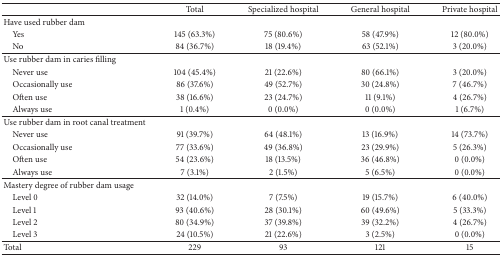
|  | Total | Specialized hospital | General hospital | Private hospital |
 | --- | --- | --- | --- | --- |
 | Have used rubber dam |  |  |  |  |
 | Yes | 145 (63.3%) | 75 (80.6%) | 58 (47.9%) | 12 (80.0%) |
 | No | 84 (36.7%) | 18 (19.4%) | 63 (52.1%) | 3 (20.0%) |
 | Use rubber dam in caries filling |  |  |  |  |
 | Never use | 104 (45.4%) | 21 (22.6%) | 80 (66.1%) | 3 (20.0%) |
 | Occasionally use | 86 (37.6%) | 49 (52.7%) | 30 (24.8%) | 7 (46.7%) |
 | Often use | 38 (16.6%) | 23 (24.7%) | 11 (9.1%) | 4 (26.7%) |
 | Always use | 1 (0.4%) | 0 (0.0%) | 0 (0.0%) | 1 (6.7%) |
 | Use rubber dam in root canal treatment |  |  |  |  |
 | Never use | 91 (39.7%) | 64 (48.1%) | 13 (16.9%) | 14 (73.7%) |
 | Occasionally use | 77 (33.6%) | 49 (36.8%) | 23 (29.9%) | 5 (26.3%) |
 | Often use | 54 (23.6%) | 18 (13.5%) | 36 (46.8%) | 0 (0.0%) |
 | Always use | 7 (3.1%) | 2 (1.5%) | 5 (6.5%) | 0 (0.0%) |
 | Mastery degree of rubber dam usage |  |  |  |  |
 | Level 0 | 32 (14.0%) | 7 (7.5%) | 19 (15.7%) | 6 (40.0%) |
 | Level 1 | 93 (40.6%) | 28 (30.1%) | 60 (49.6%) | 5 (33.3%) |
 | Level 2 | 80 (34.9%) | 37 (39.8%) | 39 (32.2%) | 4 (26.7%) |
 | Level 3 | 24 (10.5%) | 21 (22.6%) | 3 (2.5%) | 0 (0.0%) |
 | Total | 229 | 93 | 121 | 15 |